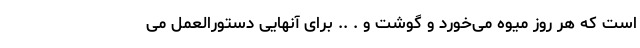
است که هر روز میوه می‌خورد و گوشت و . .. برای آنهایی دستورالعمل می